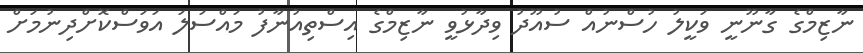
ނާޒިމްގެ ގާނޫނީ ވަކީލު ހުސްނުއް ސުއޫދު ވިދާޅުވީ ނާޒިމްގެ އިސްތިއުނާފު މައްސަލަ އަވަސްކޮށްދިނުމަށް